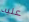
عليه